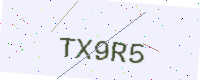
Text: TX9R5